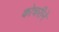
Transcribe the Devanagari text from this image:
कोचरीने